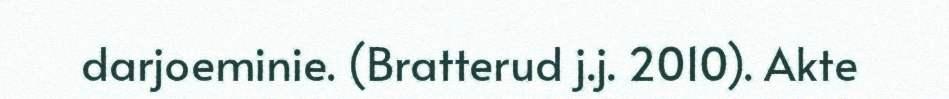
darjoeminie. (Bratterud j.j. 2010). Akte